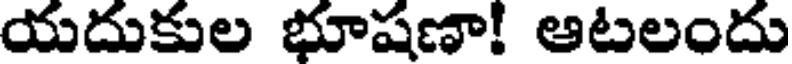
యదుకుల భూషణా! ఆటలందు